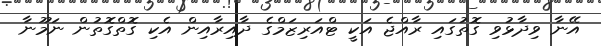
އޭނާ ވިދާޅުވި ގޮތުގައި ރާއްޖެ އަކީ ޓްއަރިޒަމްގެ ދާއިރާއިން އެކި ގޮތްގޮތުން ނަމޫނާ